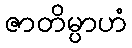
ဇာတိမ္ပာဟံ